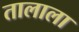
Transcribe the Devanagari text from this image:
तालाला